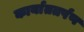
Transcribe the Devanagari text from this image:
कार्याततर्पण